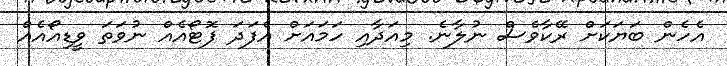
އެހެން ބަޔަކަށް ރޭކާވެސް ނުލާނެ. މިއަދާއި ހަމައަށް އެފަދަ ފޮޓޯއެއް ނުވަތަ ވީޑިއޯއެއް